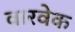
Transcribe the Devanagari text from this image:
वारवेक